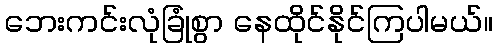
ဘေးကင်းလုံခြုံစွာ နေထိုင်နိုင်ကြပါမယ်။